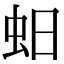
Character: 蚎